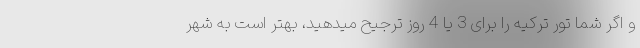
و اگر شما تور ترکیه را برای 3 یا 4 روز ترجیح میدهید، بهتر است به شهر